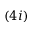
( 4 i )